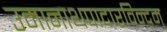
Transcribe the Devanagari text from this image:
उमानाथपादारविन्दम्